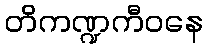
တိကဏ္ဍကီဝနေ